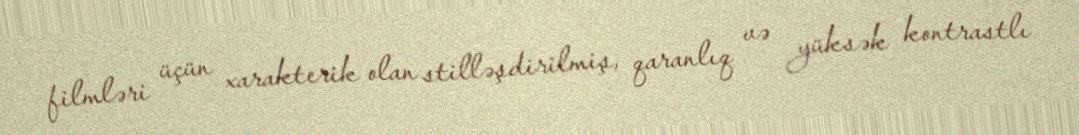
filmləri üçün xarakterik olan stilləşdirilmiş, qaranlıq və yüksək kontrastlı